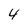
Character: 4